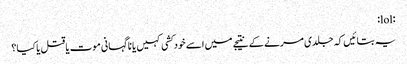
:lol:
یہ بتائیں کہ جلدی مرنے کے نتیجے میں اسے خود کشی کہیں یا نا گہانی موت یا قتل یا کیا؟